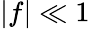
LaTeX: |f|\ll 1